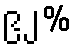
၉၂%